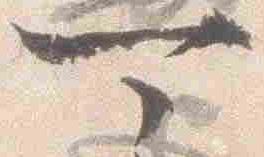
可